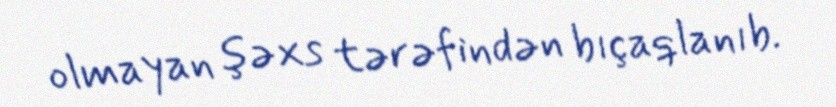
olmayan şəxs tərəfindən bıçaqlanıb.